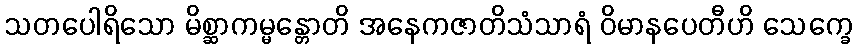
သတပေါရိသော မိစ္ဆာကမ္မန္တောတိ အနေကဇာတိသံသာရံ ဝိမာနပေတီဟိ သေက္ခေ